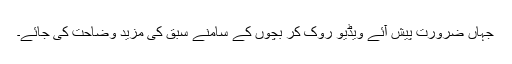
جہاں ضرورت پیش آئے ویڈیو روک کر بچوں کے سامنے سبق کی مزید وضاحت کی جائے۔